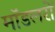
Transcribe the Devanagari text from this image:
मॉडलरों